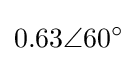
0.63\angle 60^{\circ }